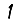
Digit: 1